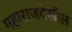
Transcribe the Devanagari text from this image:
महाराजदेखील